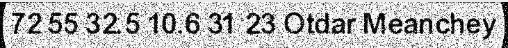
72 55 32.5 10.6 31 23 Otdar Meanchey